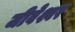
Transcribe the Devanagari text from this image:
जीवेश्वर